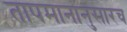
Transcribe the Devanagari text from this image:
तापमानानुसारच